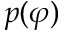
p ( \varphi )